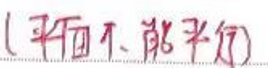
(平面不能平行)